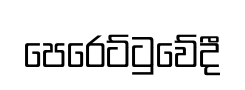
පෙරෙට්ටුවේදී